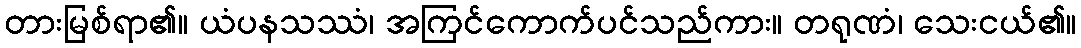
တားမြစ်ရာ၏။ ယံပနသဿံ၊ အကြင်ကောက်ပင်သည်ကား။ တရုဏံ၊ သေးငယ်၏။